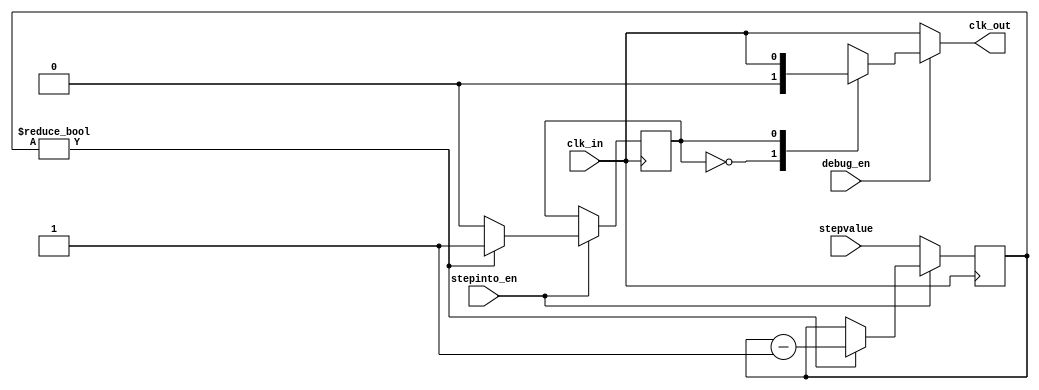
module debugger(
	 input debug_en,
    input stepinto_en,
    input [2:0] stepvalue,
    input clk_in,
    output reg clk_out
    );

	reg [2:0] count;
	reg clk_sel;
	always@(*)
	begin
	if (debug_en) begin
		case(clk_sel)
			1'b0: clk_out = 1'b0;
			1'b1: clk_out = clk_in;
		endcase
		end // if (debug_en)
	else begin
		clk_out = clk_in;
		end // else
	end
	
	
	always @(posedge clk_in) begin
		if (0 == stepinto_en) begin
			count <= stepvalue;
		end // (0 == stepinto_en)
		else begin 
			if (0 != count) begin
			count <= count - 1;
			clk_sel <= 1;
			end // if (0 != count)
			else begin
			clk_sel <= 0;
			end //else
		end // else if 0 != stepint_en
	end // always

endmodule